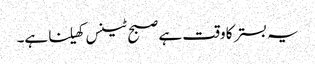
یہ بستر کا وقت ہے صبح ٹینس کھیلنا ہے۔